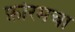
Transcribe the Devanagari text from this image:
फ़ोरमचा